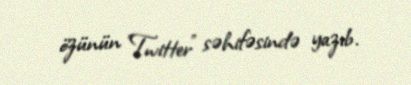
özünün "Twitter" səhifəsində yazıb.